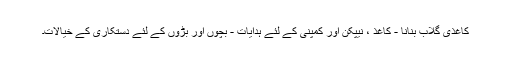
کاغذی گلاب بنانا - کاغذ ، نیپکن اور کمپنی کے لئے ہدایات - بچوں اور بڑوں کے لئے دستکاری کے خیالات۔